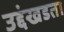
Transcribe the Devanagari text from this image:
उद्दंखडता